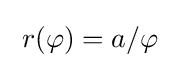
\;r(\varphi )=a/\varphi \;